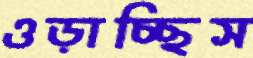
ওড়াচ্ছিস